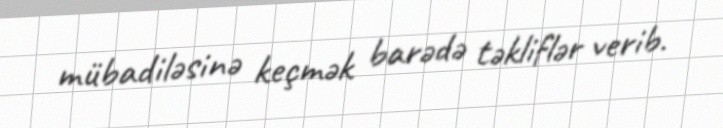
mübadiləsinə keçmək barədə təkliflər verib.